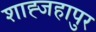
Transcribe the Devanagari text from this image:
शाह्जहापुर